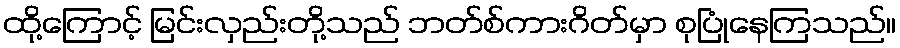
ထို့ကြောင့် မြင်းလှည်းတို့သည် ဘတ်စ်ကားဂိတ်မှာ စုပြုံနေကြသည်။